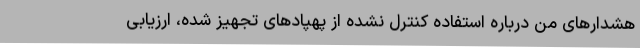
هشدارهای من درباره استفاده کنترل نشده از پهپادهای تجهیز شده، ارزیابی